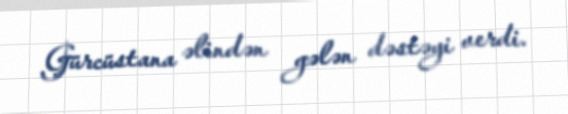
Gürcüstana əlindən gələn dəstəyi verdi.